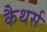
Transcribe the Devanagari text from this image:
कैथर्स